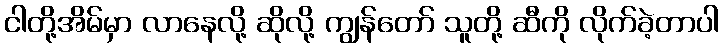
ငါတို့အိမ်မှာ လာနေလို့ ဆိုလို့ ကျွန်တော် သူတို့ ဆီကို လိုက်ခဲ့တာပါ